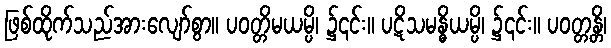
ဖြစ်ထိုက်သည်အားလျော်စွာ။ ပဝတ္တိမယမ္ပိ၊ ၌၎င်း။ ပဋိသမန္ဓိယမ္ပိ၊ ၌၎င်း။ ပဝတ္တန္တိ၊